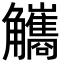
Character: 觿